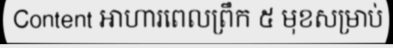
Content អាហារពេលព្រឹក ៥ មុខសម្រាប់